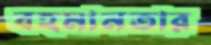
বহমানতার